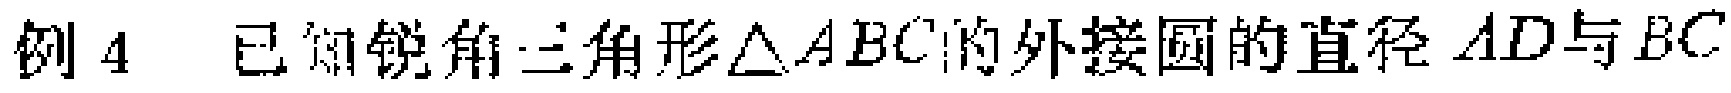
例 4 已知锐角三角形$\triangle ABC$的外接圆的直径$AD$与$BC$